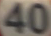
40